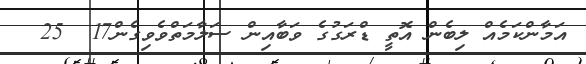
އަމާންކަމެއް ލިބެން އޮތީ ޑްރަގުގެ ވަބާއިން ސަލާމަތްވެވިގެން17  25